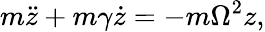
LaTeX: m\ddot{z}+m\gamma\dot{z}=-m\Omega^{2}z,